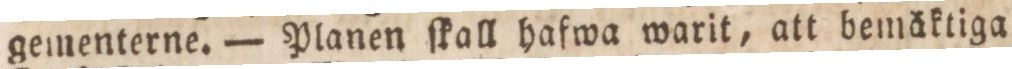
gementerne. — Planen ſkall hafwa warit, att bemäktiga